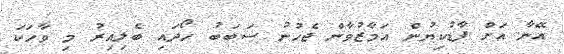
އޭނާ އަށް ފާޑުކިޔުން އަމާޒުވާން ޖެހުނު ސަބަބު ހޯދައި ބެލިއިރު މި ވާހަކަ